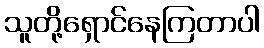
သူတို့ရှောင်နေကြတာပါ